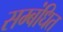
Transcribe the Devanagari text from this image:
सम्‍बंधित